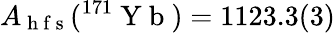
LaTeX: A_{\mathrm{~h~f~s~}}(^{171}\mathrm{~Y~b~})=1123.3(3)